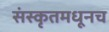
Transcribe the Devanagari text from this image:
संस्कृतमधूनच